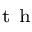
^ { \mathrm { ~ t ~ h ~ } }